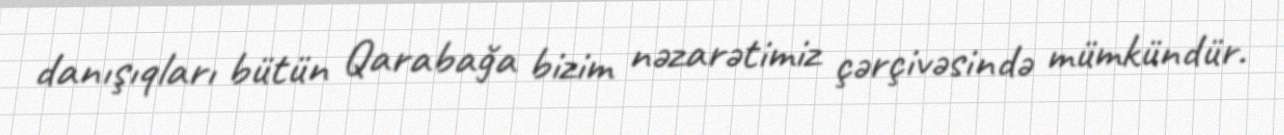
danışıqları bütün Qarabağa bizim nəzarətimiz çərçivəsində mümkündür.